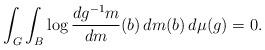
LaTeX: \begin{align*}\int_G \int_B \log \frac{dg^{-1}m}{dm}(b) \, dm(b) \, d\mu(g) = 0.\end{align*}